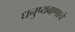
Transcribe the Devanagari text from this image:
धनुष्यबाणाचे